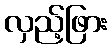
လှည့်ဖြား